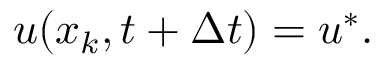
\boldsymbol { u } ( \boldsymbol { x } _ { k } , t + \Delta { t } ) = \boldsymbol { u } ^ { * } .